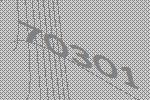
70301